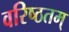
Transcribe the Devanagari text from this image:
वरिष्ठतम्